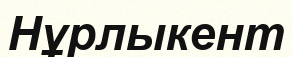
Нұрлыкент